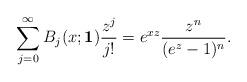
LaTeX: \begin{align*}\sum_{j=0}^{\infty} B_{j}(x;\mathbf{1}) \frac{z^{j}}{j!} = e^{xz} \frac{z^{n}}{(e^{z}-1)^{n}}.\end{align*}